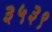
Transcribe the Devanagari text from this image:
३५३९